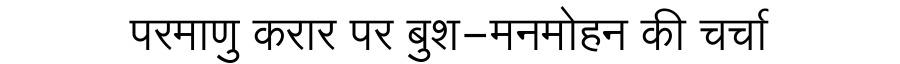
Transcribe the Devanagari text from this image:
परमाणु करार पर बुश-मनमोहन की चर्चा